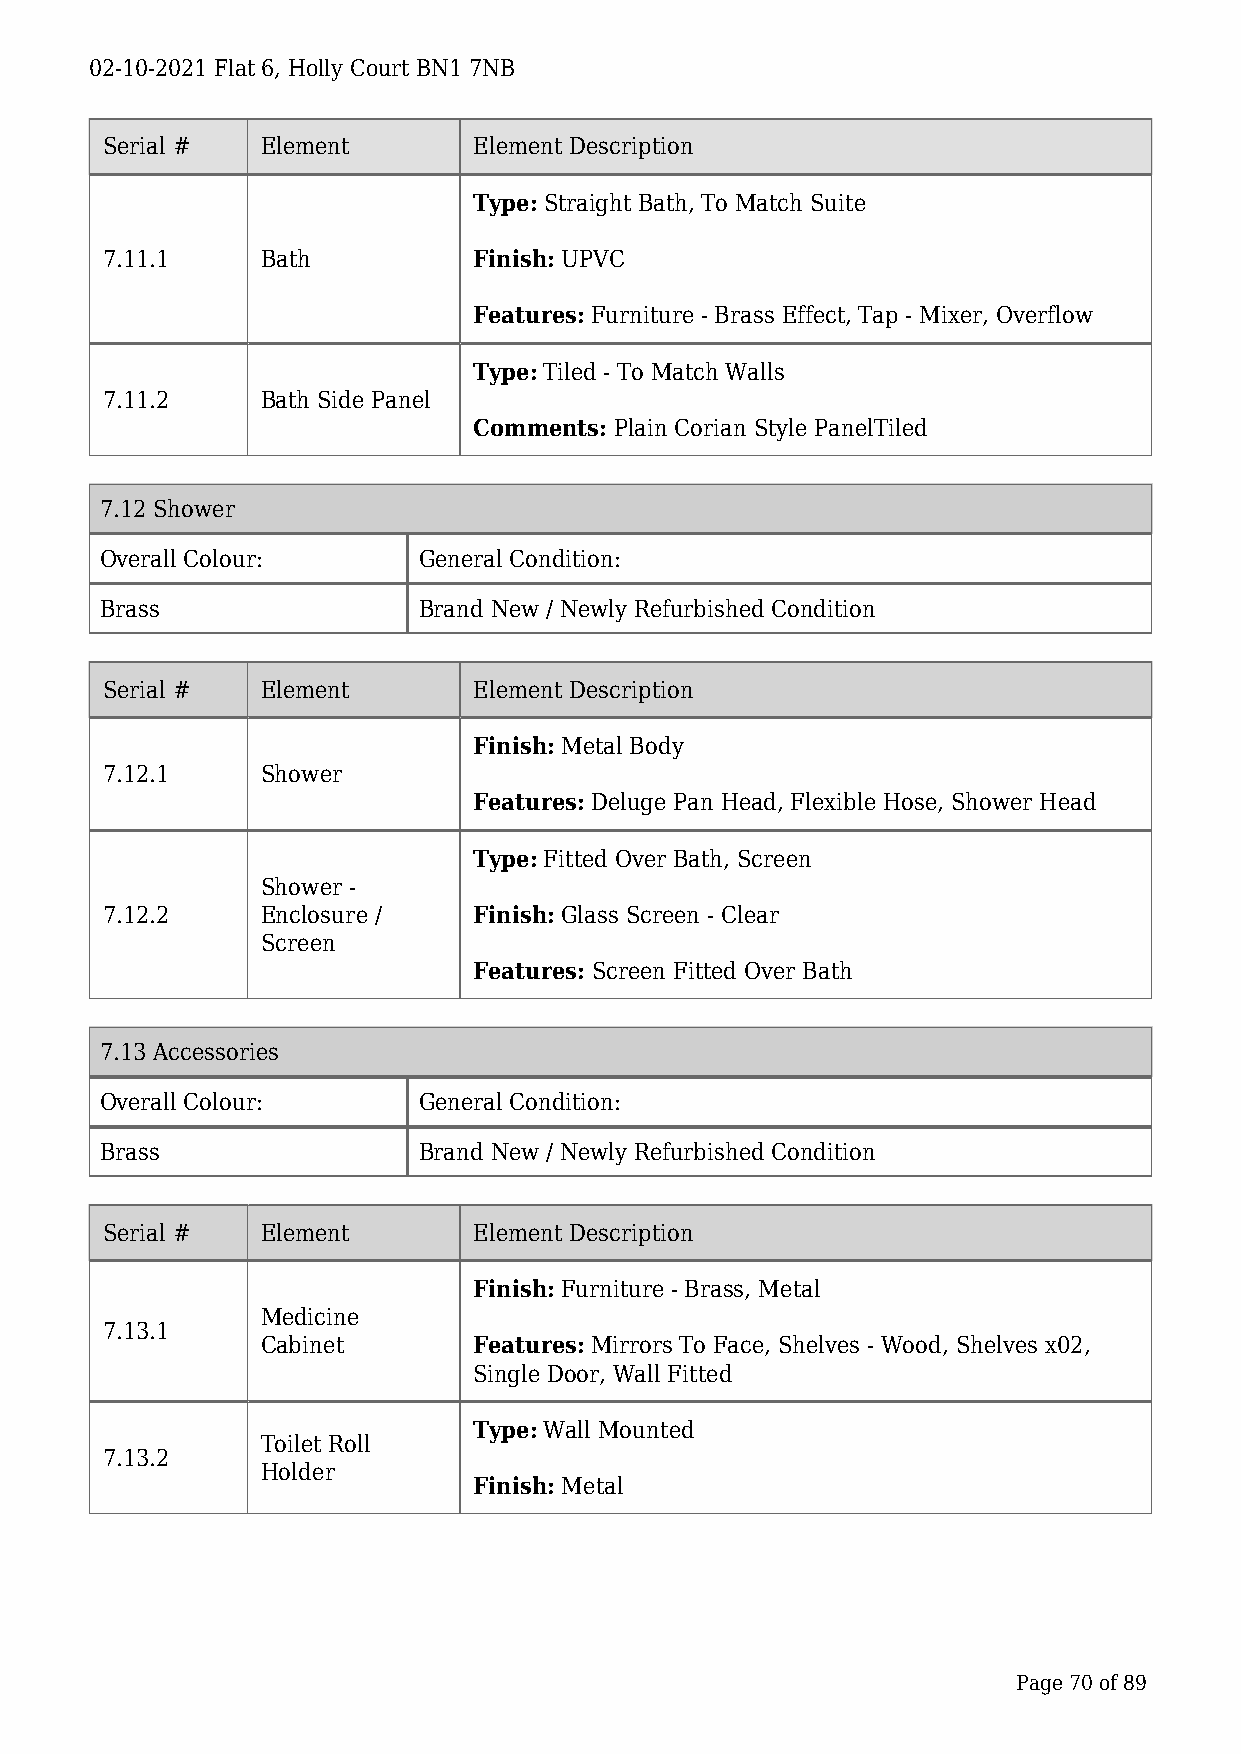
02-10-2021 Flat 6, Holly Court BN1 7NB
 Serial #  Element       Element Description
 Type: Straight Bath, To Match Suite
 7.11.1    Bath          Finish: UPVC
 Features: Furniture - Brass Effect, Tap - Mixer, Overflow
 Type: Tiled - To Match Walls
 7.11.2    Bath Side Panel
 Comments: Plain Corian Style PanelTiled
 7.12 Shower
 Overall Colour:      General Condition:
 Brass                Brand New / Newly Refurbished Condition
 Serial #  Element       Element Description
 Finish: Metal Body
 7.12.1    Shower
 Features: Deluge Pan Head, Flexible Hose, Shower Head
 Type: Fitted Over Bath, Screen
 Shower -
 7.12.2    Enclosure /   Finish: Glass Screen - Clear
 Screen
 Features: Screen Fitted Over Bath
 7.13 Accessories
 Overall Colour:      General Condition:
 Brass                Brand New / Newly Refurbished Condition
 Serial #  Element       Element Description
 Finish: Furniture - Brass, Metal
 Medicine
 7.13.1
 Cabinet       Features: Mirrors To Face, Shelves - Wood, Shelves x02,
 Single Door, Wall Fitted
 Type: Wall Mounted
 Toilet Roll
 7.13.2
 Holder
 Finish: Metal
 Page 70 of 89